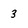
Character: 3